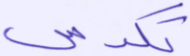
تكدس